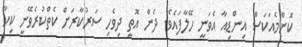
ކޮންމެއަކަސް އިންޑިއާ އެވަނީ ހޭލާފައެވެ. ދެން އޮތީ ދިވެހި ސަރުކާރަށް ކެތްކުރެވޭނީ ކިހާ